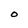
Character: O